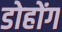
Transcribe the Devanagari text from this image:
डोहोंग